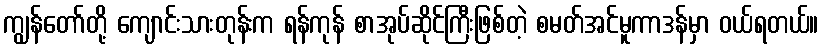
ကျွန်တော်တို့ ကျောင်းသားတုန်းက ရန်ကုန် စာအုပ်ဆိုင်ကြီးဖြစ်တဲ့ စမတ်အင်မူကာဒန်မှာ ဝယ်ရတယ်။